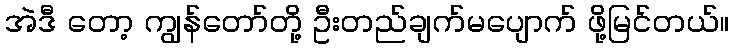
အဲဒီ တော့ ကျွန်တော်တို့ ဦးတည်ချက်မပျောက် ဖို့မြင်တယ်။